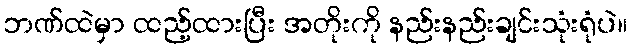
ဘဏ်ထဲမှာ ထည့်ထားပြီး အတိုးကို နည်းနည်းချင်းသုံးရုံပဲ။